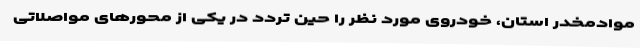
موادمخدر استان، خودروی مورد نظر را حین تردد در یکی از محورهای مواصلاتی